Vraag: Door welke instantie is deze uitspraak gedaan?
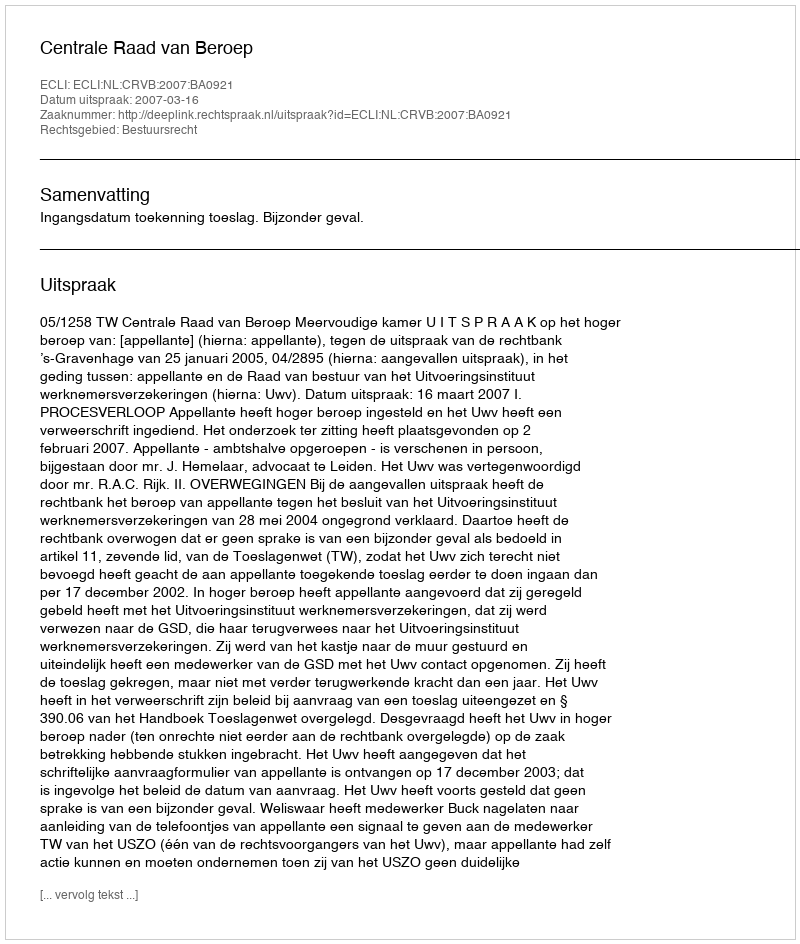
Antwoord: Centrale Raad van Beroep